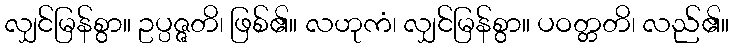
လျှင်မြန်စွာ။ ဥပ္ပဇ္ဇတိ၊ ဖြစ်၏။ လဟုကံ၊ လျှင်မြန်စွာ။ ပဝတ္တတိ၊ လည်၏။